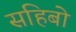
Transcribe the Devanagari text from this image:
सहिबो